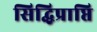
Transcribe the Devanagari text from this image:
सिद्धिप्राप्ति